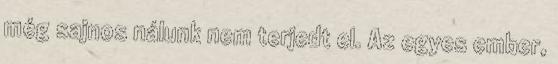
még sajnos nálunk nem terjedt el. Az egyes ember,